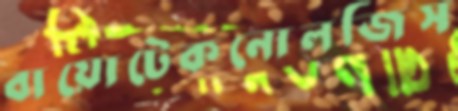
বায়োটেকনোলজিস